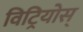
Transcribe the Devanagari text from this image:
विट्रियोस्